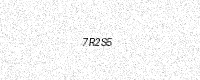
Text: 7R2S5